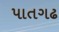
પાતગઢ